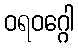
ဝရဝဂ္ဂေါ